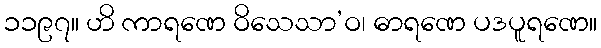
၁၁၉၇။ ဟိ ကာရဏေ ဝိသေသာ’ဝ၊ ဓာရဏေ ပဒပူရဏေ။